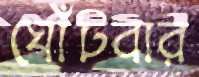
ঘোঁটবার